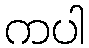
ကပါ